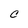
Character: C